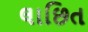
લાછિત